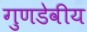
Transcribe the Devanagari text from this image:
गुणडेवीय